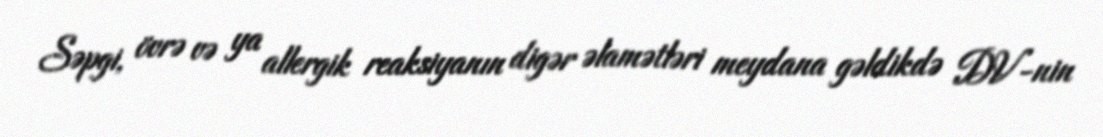
Səpgi, övrə və ya allergik reaksiyanın digər əlamətləri meydana gəldikdə DV-nin